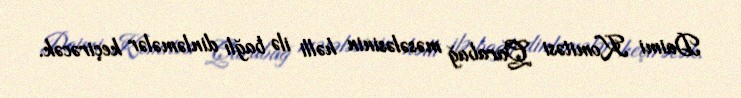
Daimi Komitəsi Qarabağ məsələsinin həlli ilə bağlı dinləmələr keçirəcək.